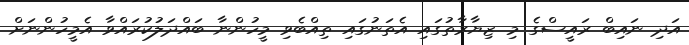
އަދި ނައިބް ރައީސްގެ މި ޒިޔާރާތުގައި އެތަނުގައި ތިއްބެވި މީހުންނާ ބައްދަލުކުރައްވާ އެމީހުންނަށް